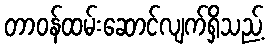
တာဝန်ထမ်းဆောင်လျက်ရှိသည့်